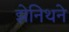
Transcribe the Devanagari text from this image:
झेनिथने